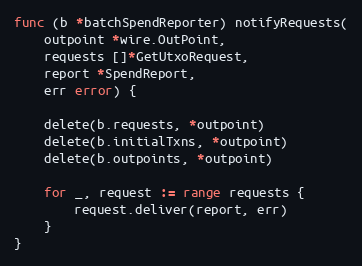
Language: Go
func (b *batchSpendReporter) notifyRequests(
	outpoint *wire.OutPoint,
	requests []*GetUtxoRequest,
	report *SpendReport,
	err error) {

	delete(b.requests, *outpoint)
	delete(b.initialTxns, *outpoint)
	delete(b.outpoints, *outpoint)

	for _, request := range requests {
		request.deliver(report, err)
	}
}